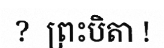
?  ព្រះបិតា !